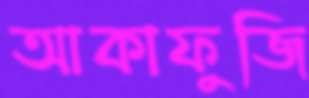
আকাফুজি